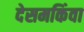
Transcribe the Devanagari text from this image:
देसमकिंवा